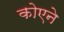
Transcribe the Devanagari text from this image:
कोएने